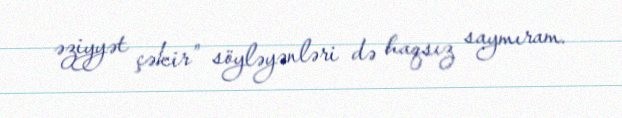
əziyyət çəkir” söyləyənləri də haqsız saymıram.